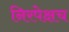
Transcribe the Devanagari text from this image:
निरपेक्षच